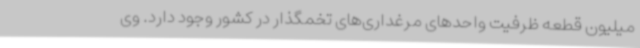
میلیون قطعه ظرفیت واحدهای مرغداری‌های تخمگذار در کشور وجود دارد. وی